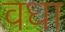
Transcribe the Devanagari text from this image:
वधा